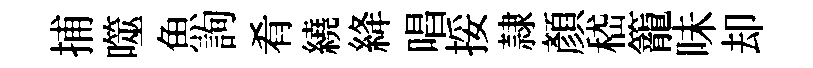
捕噬魚詢肴繞絳唱挼隷顏嵇籠味却